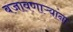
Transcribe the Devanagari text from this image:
बजावणाऱ्यांना